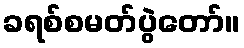
ခရစ်စမတ်ပွဲတော်။